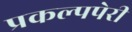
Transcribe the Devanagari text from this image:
प्रकल्पपेरी